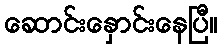
ဆောင်းနှောင်းနေပြီ။